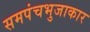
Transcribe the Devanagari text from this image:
समपंचभुजाकार